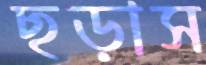
ছড়াস